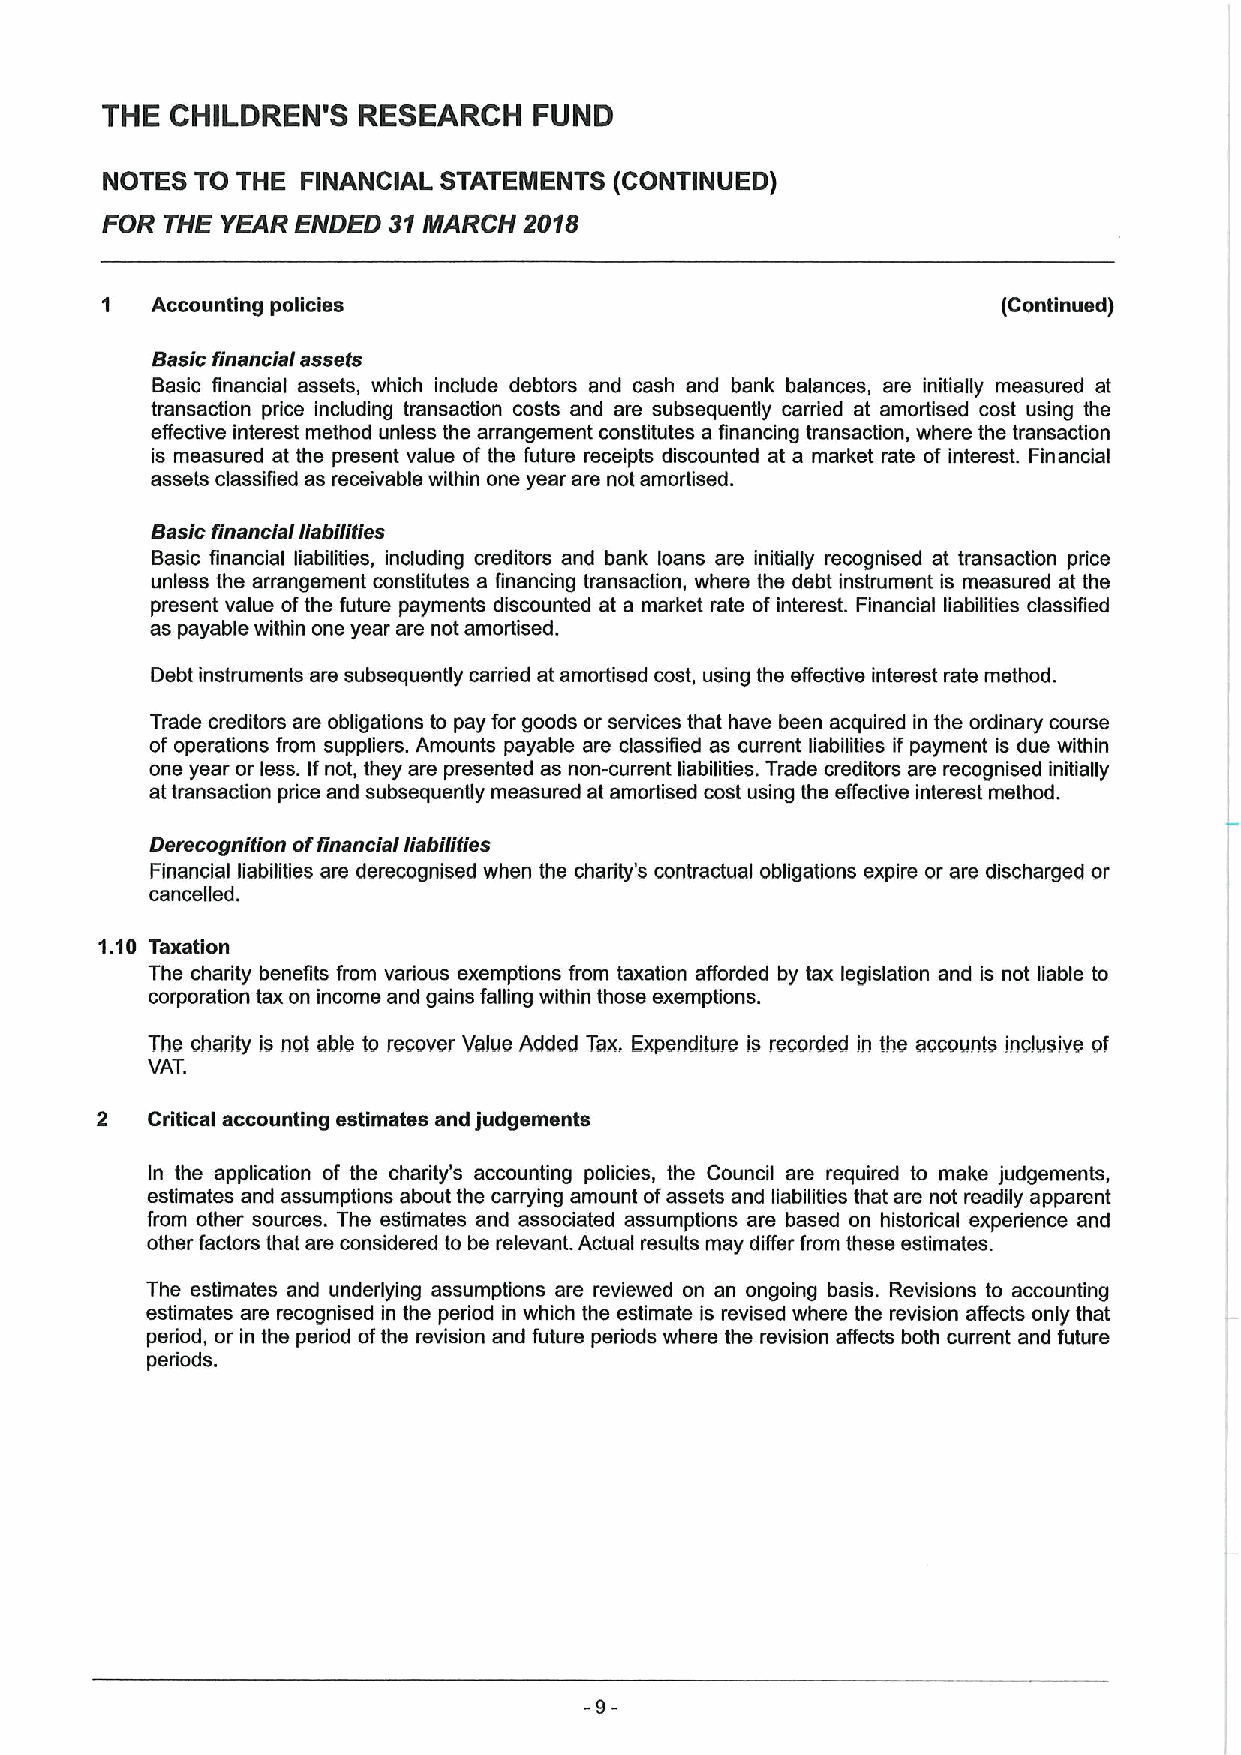
THE CHILDREN'S   RESEARCH   FUND
 NOTES TO THE FINANCIAL STATEMENTS (CONTINUED)
 FOR THE YEAR ENDED 31NjARCH 2018
 1  Accounting policies                                     (Continued)
 Basic financia assets
 Basic financial assets, which include debtors and cash and bank balances, are initially measured at
 transaction price including transaction costs and are subsequently carried at amortised cost using the
 effective interest method unless the arrangement constitutes a financing transaction, where the transaction
 is measured at the present value of the future receipts discounted at a market rate of interest. Financial
 assets classified as receivable within one year are not amortised.
 Basic financial liabilities
 Basic financial liabilities, including creditors and bank loans are initially recognised at transaction price
 unless the arrangement constitutes a financing transaction, where the debt instrument is measured at the
 present value ofthe future payments discounted at a market rate of interest. Financial liabilities classified
 as payable within one year are not amortised.
 Debt instruments are subsequently carried at amortised cost, using the effective interest rate method.
 Trade creditors are obligations to pay for goods or services that have been acquired in the ordinary course
 of operations from suppliers. Amounts payable are classified as current liabilities if payment is due within
 one year or less. Ifnot, they are presented as non-current liabilities. Trade creditors are recognised initially
 attransaction price and subsequently measured at amortised cost using the effective interest method.
 Derecognition oftinancial liabilities
 Financial liabilities are derecognised when the charily's contractual obligations expire or are discharged or
 cancelled.
 1.10 Taxation
 The charity benefits from various exemptions from taxation afforded by tax legislation and is not liable to
 corporation tax on income and gains falling within those exemptions.
 The charity is not able to recover Yalue Added Tax, Expenditure is recorded in the accounts inclusive of
 VAT.
 2   Critical accounting estimates and judgements
 In the application of the charity's accounting policies, the Council are required to make judgements,
 estimates and assumptions about the carrying amount ofassets and liabilities that are not readily apparent
 from other sources. The estimates and associated assumptions are based on historical experience and
 other factors that are considered to be relevant. Actual results may differ from these estimates.
 The estimates and underlying assumptions are reviewed on an ongoing basis. Revisions to accounting
 estimates are recognised in the period in which the estimate is revised where the revision affects only that
 pediod, or in the period ofthe revision and future periods where the revision affects both current and future
 periods.